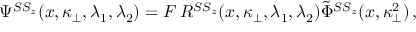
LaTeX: \Psi ^ { S S _ { z } } ( x , \kappa _ { \bot } , \lambda _ { 1 } , \lambda _ { 2 } ) = { \cal F } \, R ^ { S S _ { z } } ( x , \kappa _ { \bot } , \lambda _ { 1 } , \lambda _ { 2 } ) \tilde { \Phi } ^ { S S _ { z } } ( x , \kappa _ { \bot } ^ { 2 } ) \, ,